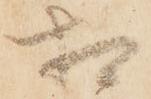
相